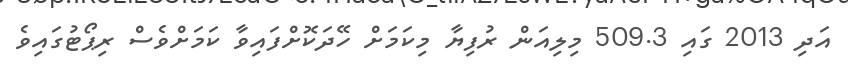
އަދި 2013 ގައި 509.3 މިލިއަން ރުފިޔާ މިކަމަށް ހޭދަކޮށްފައިވާ ކަމަށްވެސް ރިޕޯޓުގައިވެ